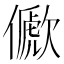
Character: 𠐀